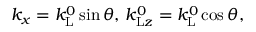
k _ { x } = k _ { \mathrm { L } } ^ { 0 } \sin \theta , \, k _ { \mathrm { L } z } ^ { 0 } = k _ { \mathrm { L } } ^ { 0 } \cos \theta ,